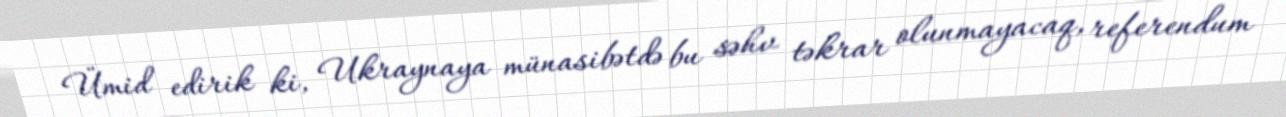
Ümid edirik ki, Ukraynaya münasibətdə bu səhv təkrar olunmayacaq, referendum